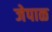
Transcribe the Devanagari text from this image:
जेपाळ